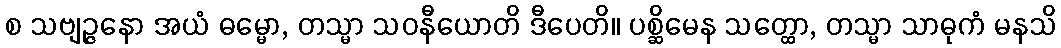
စ သဗျဉ္ဇနော အယံ ဓမ္မော, တသ္မာ သဝနီယောတိ ဒီပေတိ။ ပစ္ဆိမေန သတ္ထော, တသ္မာ သာဓုကံ မနသိ